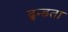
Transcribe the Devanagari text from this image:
ढून्डता